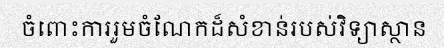
ចំពោះការរួមចំណែកដ៏សំខាន់របស់វិទ្យាស្ថាន